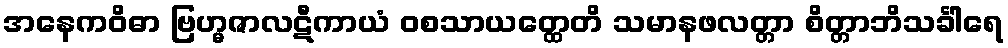
အနေကဝိဓာ ဗြဟ္မဇာလဋီကာယံ ဝစသာယတ္ထေတိ သမာနဖလတ္တာ စိတ္တာဘိသင်္ခါရေ